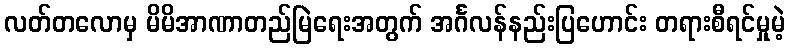
လတ်တလောမှ မိမိအာဏာတည်မြဲရေးအတွက် အင်္ဂလန်နည်းပြဟောင်း တရားစီရင်မှုမဲ့